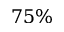
7 5 \%